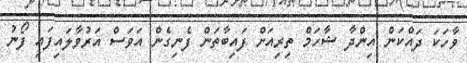
ވާހަކަ ދައްކަން އިންދާ ޝާހަމް ތިރިއަށް ފައިބާތަން ފެނިގެން އަވަސް އަރުވާލައިފައި ފޯނު